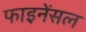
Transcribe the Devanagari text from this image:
फाइनेंसल